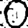
Digit: 0